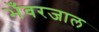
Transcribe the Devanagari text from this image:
भँवरजाल